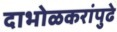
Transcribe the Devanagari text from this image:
दाभोळकरांपुढे